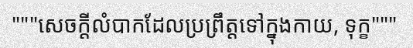
"""សេចក្តីលំបាកដែលប្រព្រឹត្តទៅក្នុងកាយ, ទុក្ខ"""